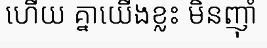
ហើយ គ្នាយើងខ្លះ មិនញ៉ាំ